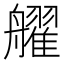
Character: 𱽄